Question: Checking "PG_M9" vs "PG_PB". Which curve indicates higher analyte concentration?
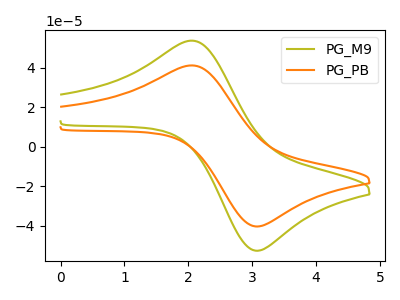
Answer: <think>The olive curve "PG_M9" has an anodic peak at (2.05V, 53.75uA) and a cathodic peak at (3.05V, -52.60uA). The orange curve "PG_PB" has an anodic peak at (2.05V, 41.20uA) and a cathodic peak at (3.05V, -40.35uA).
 All the peaks in "PG_M9" have a peak in "PG_PB" at the same potential. Every peak in "PG_M9" is higher than every peak in "PG_PB".</think>
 <answer>"PG_M9" has more signal than "PG_PB" and so likely has a higher concentration.</answer>
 <eval>more_concentration</eval>